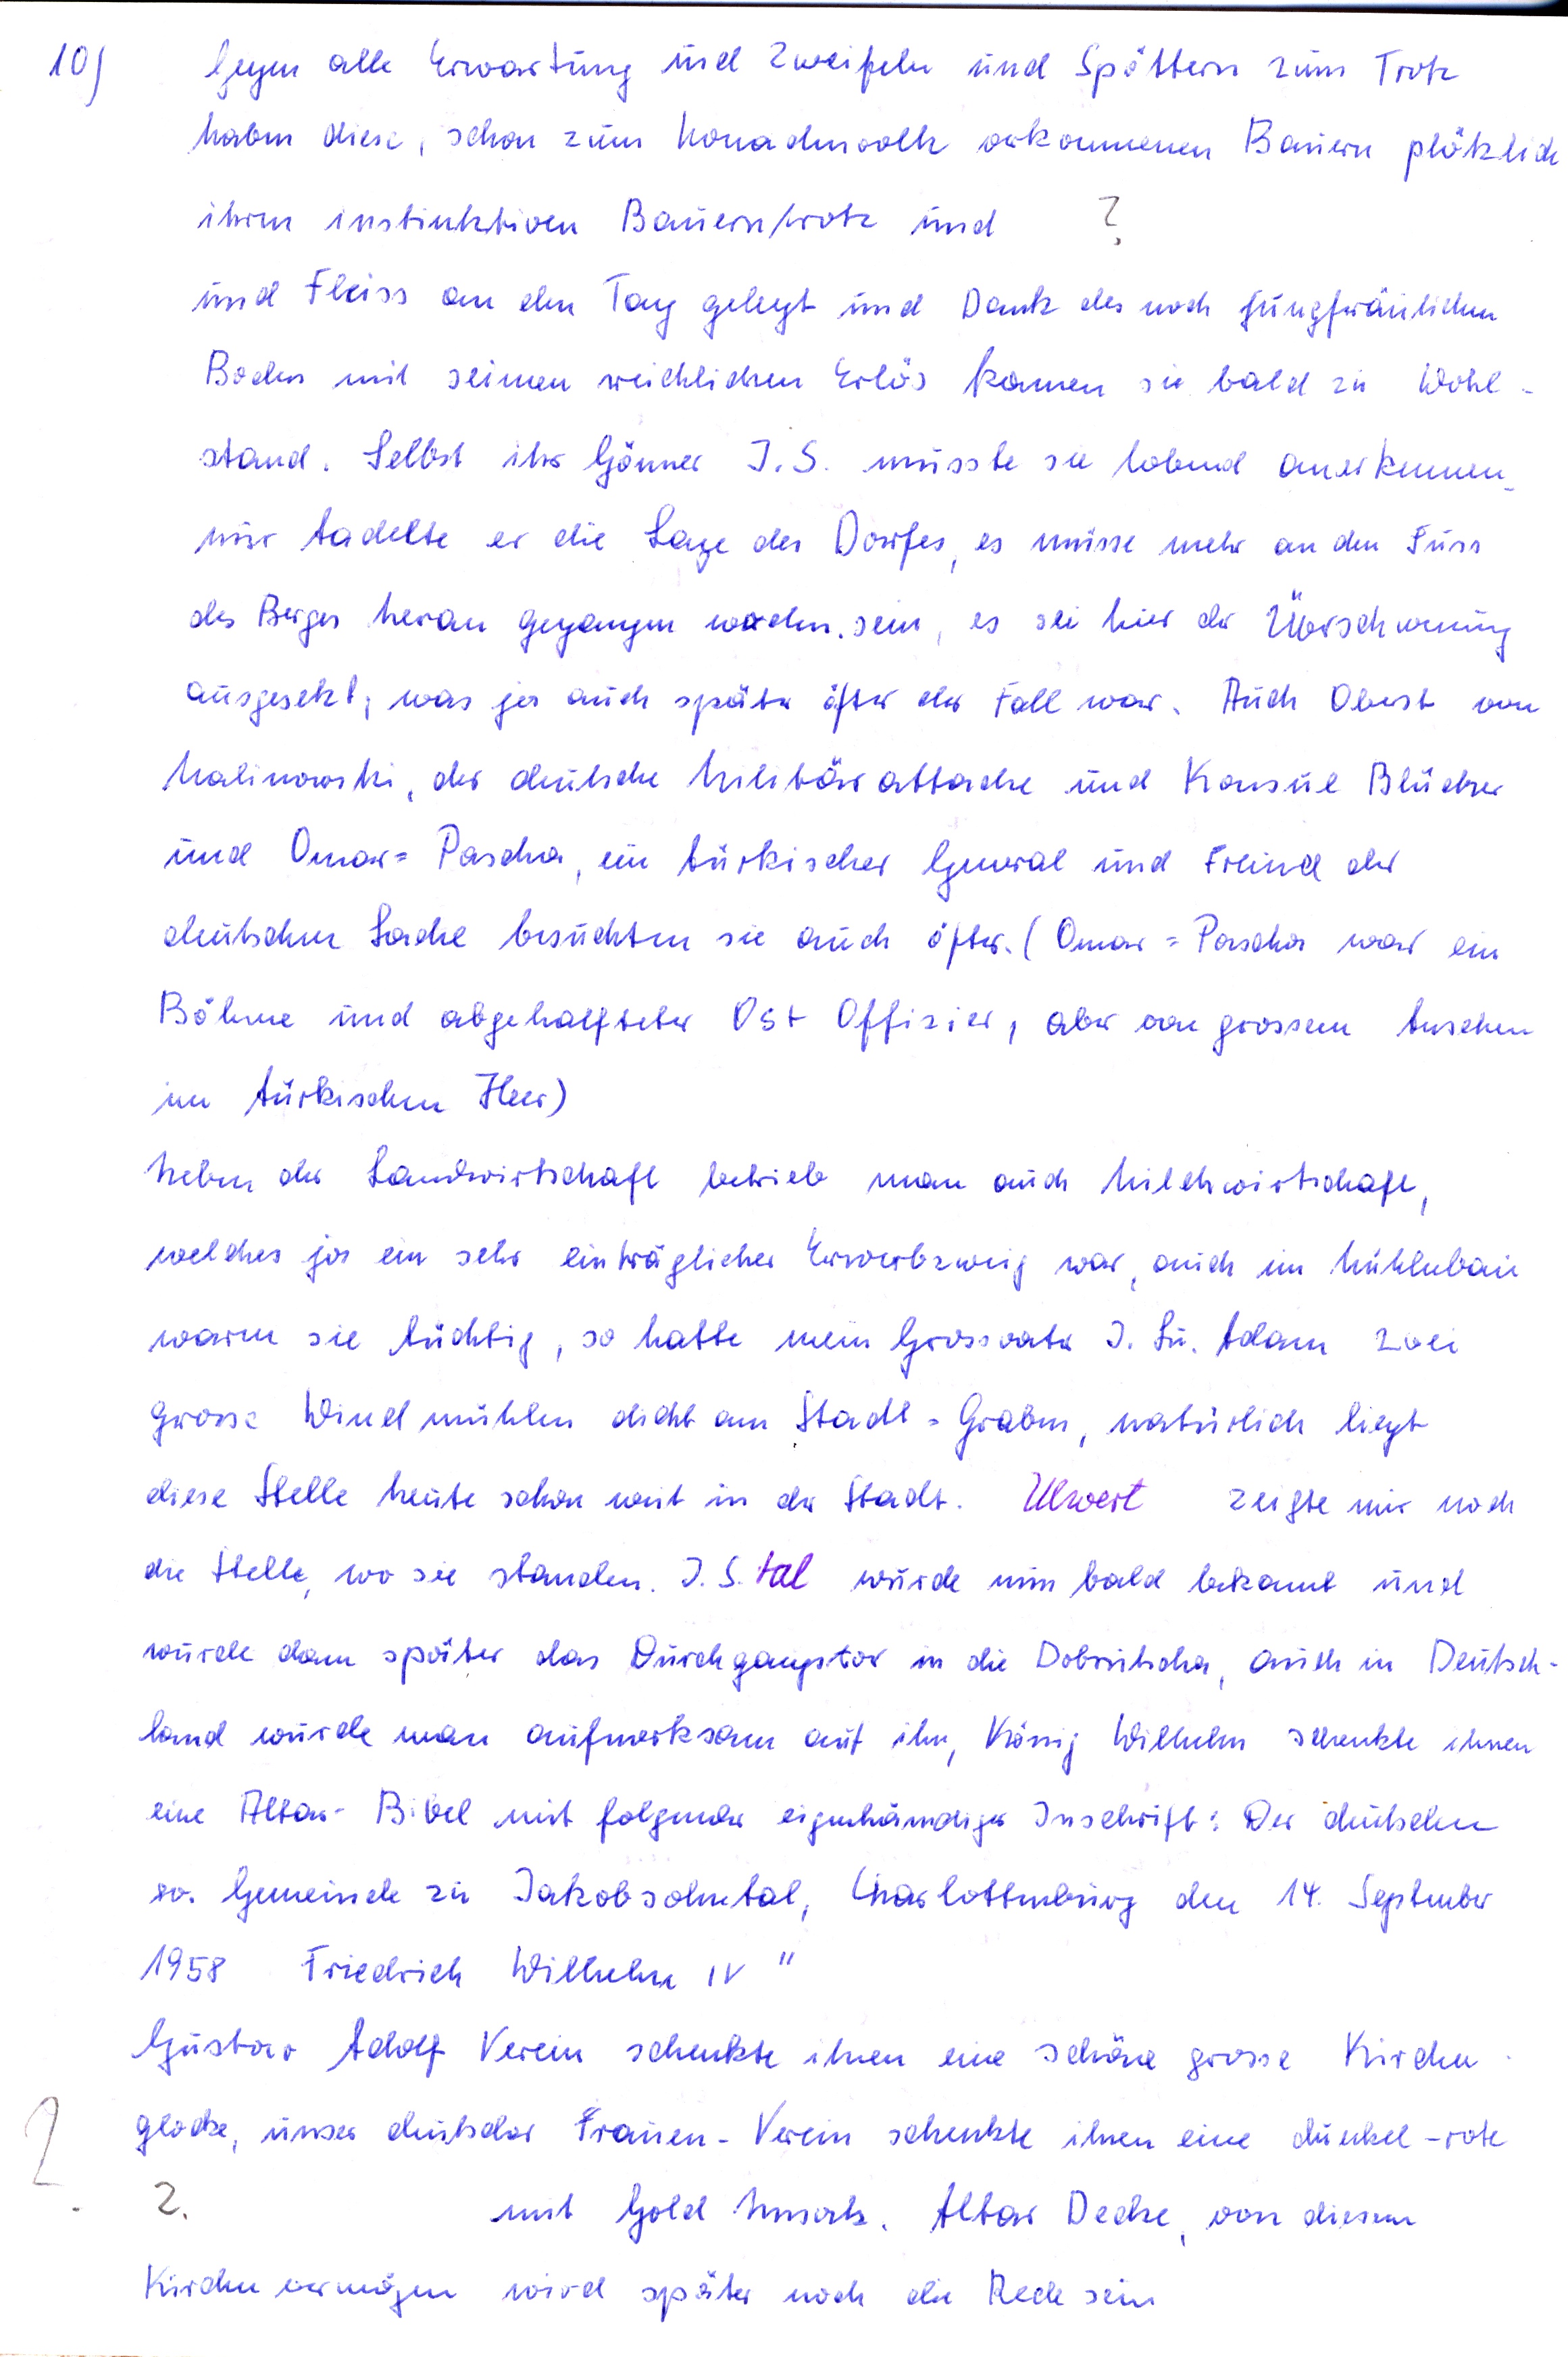
10

Gegen alle Erwartung und Zweifeln und Spöttern zum Trotz
haben diese, schon zum Nomadenvolk verkommenen Bauern plötzlich
?
ihren instinktiven Bauerntrotz und
und Fleiss an den Tag gelegt und Dank des noch jungfräulichen
Boden mit seinem reichlichen Erlös kamen sie bald zu Wohl
stand. Selbst ihr Gönner J.S. musste sie lobend anerkennen
nur tadelte er die Lage des Dorfes, es müsse mehr an den Fuss
des Berges heran gegangen worden sein, es sei hier der Überschwemmung
ausgesetzt, was ja auch später öfter der Fall war. Auch Oberst von
Malinowski, der deutsche Militärattache und Konsul Blücher
und Omar= Pascha, ein türkischer General und Freund der
deutschen Sache besuchten sie auch öfter (Omar= Pascha war ein
Böhme und abgehalfteter Ost Offizier, aber von grossem Ansehen
im türkischen Heer)
Neben der Landwirtschaft betrieb man auch Milchwirtschaft,
welches ja ein sehr einträglicher Erwerbszweig war, auch im Mühlenbau
waren sie tüchtig, so hatte mein Grossvater J.Bu. Adam zwei
grosse Windmühlen dicht am Stadt = Graben, natürlich liegt
diese Stelle heute schon weit in der Stadt. Ulwert zeigte mir noch
diese Stelle heute schon weit in der Stadt. Ulwert zeigte mir noch
wurde dann später das Durchgangstor in die Dobrutscha, auch in Deutsch
land wurde man aufmerksam auf ihn, König Wilhelm schenkte ihnen
eine Altar-Bibel mit folgender eigenhändiger Inschrift : Der deutschen
ev. Gemeinde zu Jakobsohntal, Charlottenburg den 14. September
1958 Friedrich Wilhelm IV “
Gustav Adolf Verein schenkte ihnen eine schöne grosse Kirchen
glocke, unser deutscher Frauen-Verein schenkte ihnen eine dunkel-rote
?.
mit Gold Umsatz Altar Decke, von diesem
Kirchenvermögen wird später noch die Rede sein